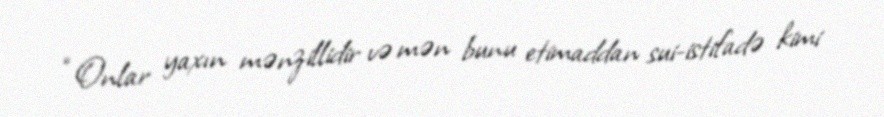
“Onlar yaxın mənzillidir və mən bunu etimaddan sui-istifadə kimi